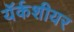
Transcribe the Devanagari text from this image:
यॅर्कशीयर